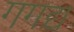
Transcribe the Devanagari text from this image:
गगद्य